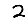
Digit: 2